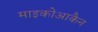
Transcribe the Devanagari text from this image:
माइकोआकैन